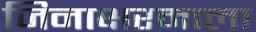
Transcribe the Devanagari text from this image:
जिनाक्षरमाला